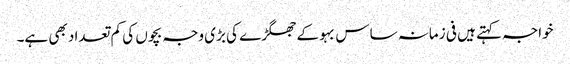
خواجہ کہتے ہیں فی زمانہ ساس بہو کے جھگڑے کی بڑی وجہ بچوں کی کم تعداد بھی ہے۔